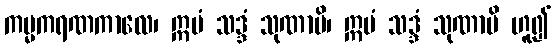
ကမ္မကရဏကာလေ၊ ဣမံ သဒ္ဒံ သုဏာမိ၊ ဣမံ သဒ္ဒံ သုဏာမိ ဟူ၍